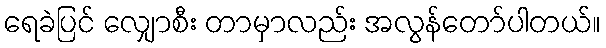
ရေခဲပြင် လျှောစီး တာမှာလည်း အလွန်တော်ပါတယ်။